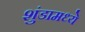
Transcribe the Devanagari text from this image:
शुंडामध्ये